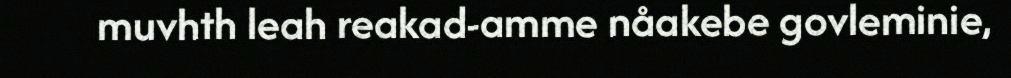
muvhth leah reakad-amme nåakebe govleminie,